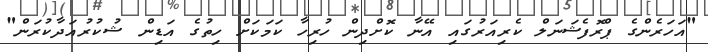
"އަހަރެންގެ ޕްރޮފެޝަނަލް ކެރިއަރުގައި އޭނާ ކޮށްދިން ހުރިހާ ކަމަކަށް ހިތުގެ އަޑިން ޝުކުރުއަދާކުރަން"